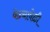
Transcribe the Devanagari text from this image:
वेढ्यावेळी